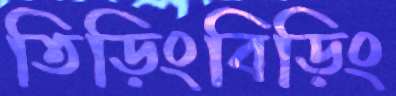
তিড়িংবিড়িং